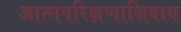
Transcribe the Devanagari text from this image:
आत्मपरिक्षणाशिवाय